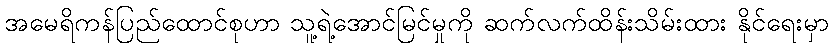
အမေရိကန်ပြည်ထောင်စုဟာ သူ့ရဲ့အောင်မြင်မှုကို ဆက်လက်ထိန်းသိမ်းထား နိုင်ရေးမှာ